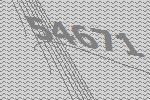
54671